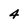
Character: 4